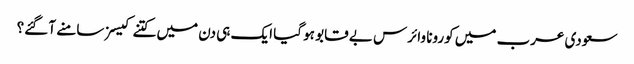
سعودی عرب میں کورونا وائرس بے قابو ہو گیا ایک ہی دن میں کتنے کیسز سامنے آ گئے؟